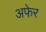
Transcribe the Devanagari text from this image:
अफेर